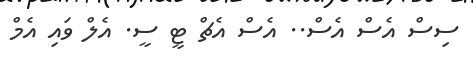
ސިސް އެސް އެސް.. އެސް އެޗް ޓީ ސީ. އެލް ވައި އެމް